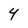
Character: 4